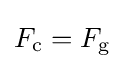
F_{\text{c}}=F_{\text{g}}